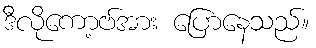
ဒီလိုကော့ဗ်အား ပြောနေသည်။